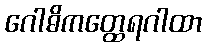
ဂေါဓိကတ္ထေရဂါထာ